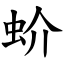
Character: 蚧